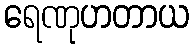
ရေဏုဟတာယ